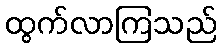
ထွက်လာကြသည်